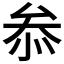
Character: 𠫵